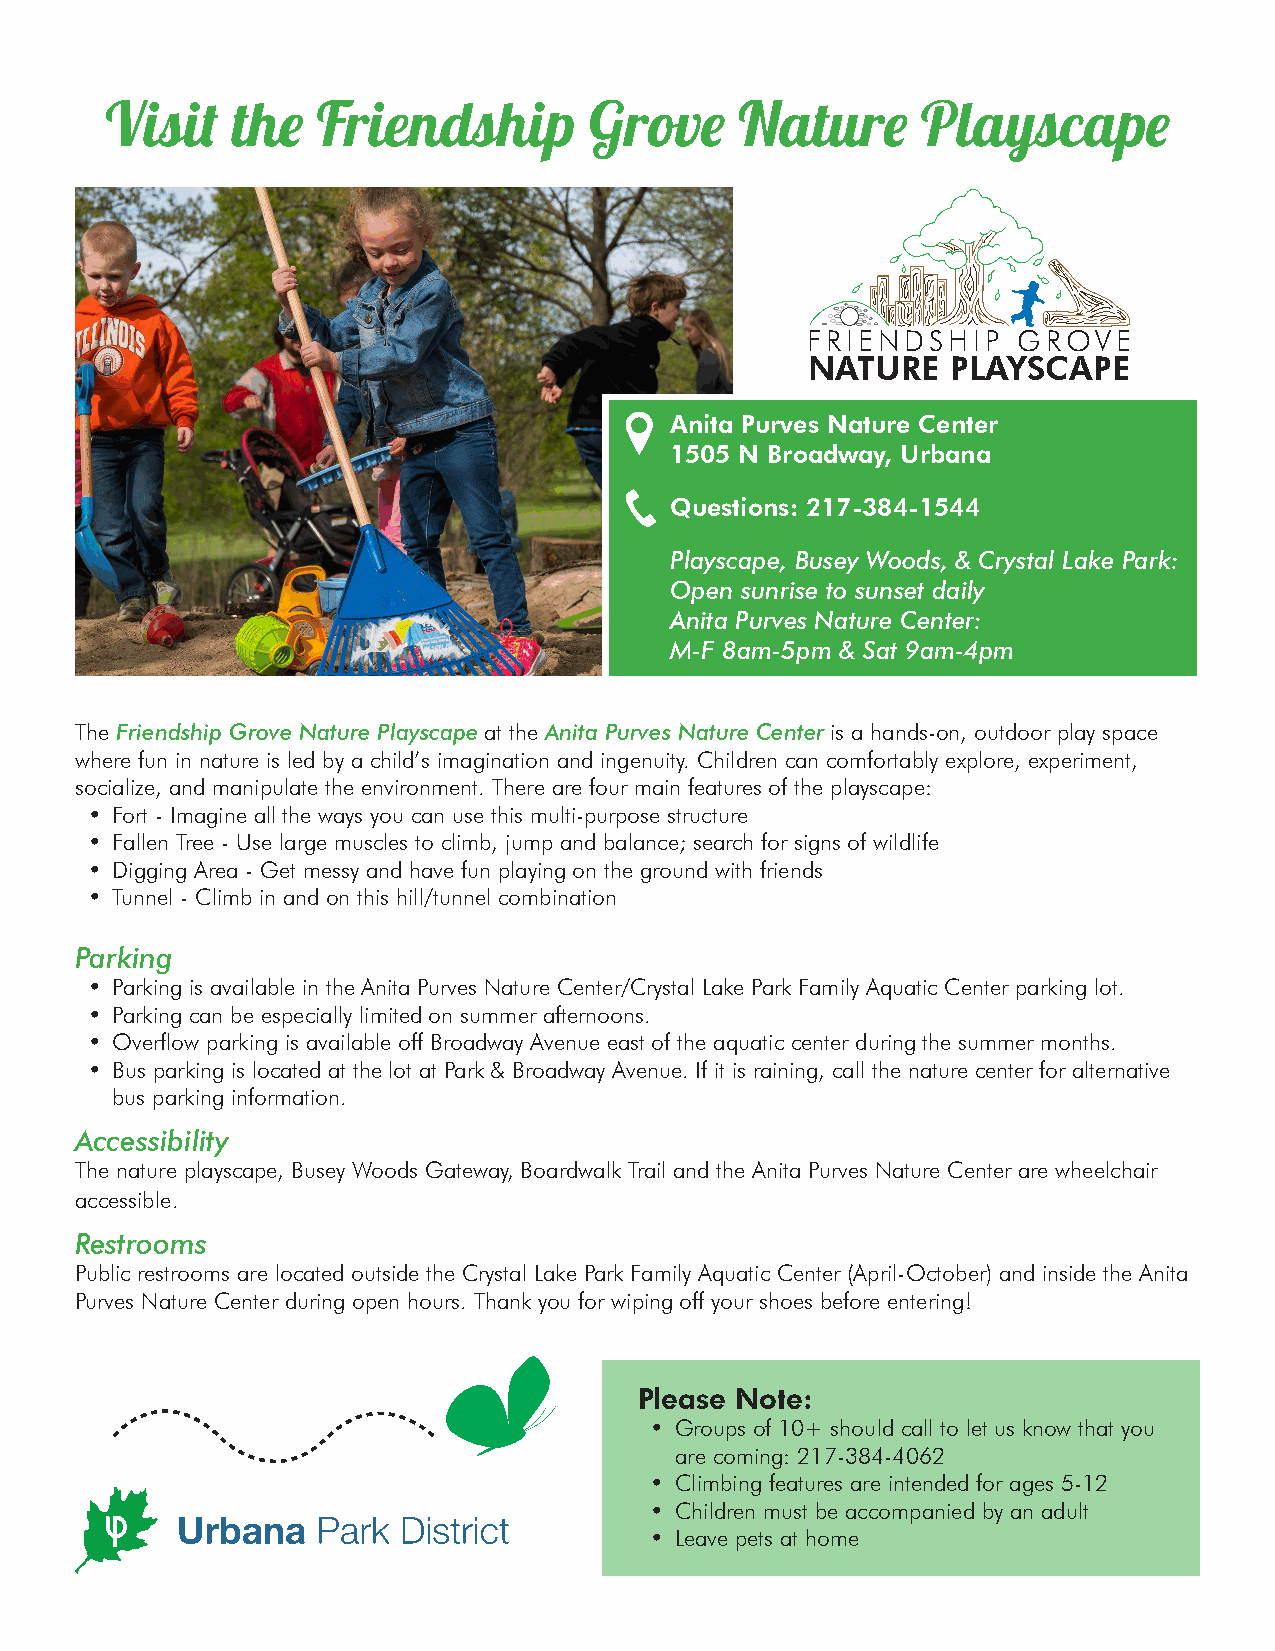
Visit   the   Friendship        Grove     Nature      Playscape
 FRIENDSHIP    GROVE
 NATURE    PLAYSCAPE
 Anita Purves Nature Center
 1505 N Broadway, Urbana
 Questions: 217-384-1544
 Playscape, Busey Woods, & Crystal Lake Park:
 Open sunrise to sunset daily
 Anita Purves Nature Center:
 M-F 8am-5pm & Sat 9am-4pm
 The Friendship Grove Nature Playscape at the Anita Purves Nature Center is a hands-on, outdoor play space
 where fun in nature is led by a child’s imagination and ingenuity. Children can comfortably explore, experiment,
 socialize, and manipulate the environment. There are four main features of the playscape:
 • Fort - Imagine all the ways you can use this multi-purpose structure
 • Fallen Tree - Use large muscles to climb, jump and balance; search for signs of wildlife
 • Digging Area - Get messy and have fun playing on the ground with friends
 • Tunnel - Climb in and on this hill/tunnel combination
 Parking
 • Parking is available in the Anita Purves Nature Center/Crystal Lake Park Family Aquatic Center parking lot.
 • Parking can be especially limited on summer afternoons.
 • Overflow parking is available off Broadway Avenue east of the aquatic center during the summer months.
 • Bus parking is located at the lot at Park & Broadway Avenue. If it is raining, call the nature center for alternative
 bus parking information.
 Accessibility
 The nature playscape, Busey Woods Gateway, Boardwalk Trail and the Anita Purves Nature Center are wheelchair
 accessible.
 Restrooms
 Public restrooms are located outside the Crystal Lake Park Family Aquatic Center (April-October) and inside the Anita
 Purves Nature Center during open hours. Thank you for wiping off your shoes before entering!
 Please Note:
 • Groups of 10+ should call to let us know that you
 are coming: 217-384-4062
 • Climbing features are intended for ages 5-12
 • Children must be accompanied by an adult
 • Leave pets at home